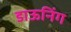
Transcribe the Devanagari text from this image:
डाऊनिंग